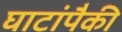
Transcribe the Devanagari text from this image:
घाटांपैकी